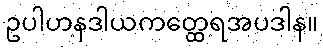
ဥပါဟနဒါယကတ္ထေရအပဒါန။